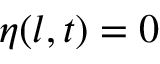
\eta ( l , t ) = 0